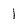
Character: 1